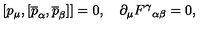
[ p _ { \mu } , [ \overline { { p } } _ { \alpha } , \overline { { p } } _ { \beta } ] ] = 0 , \quad \partial _ { \mu } F ^ { \gamma } { } _ { \alpha \beta } = 0 ,